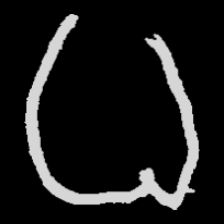
Pyu character \u2014 Myanmar letter: ဓ (romanized: dha)